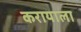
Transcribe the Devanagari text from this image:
करायाला